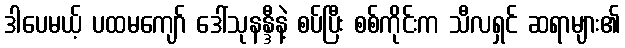
ဒါပေမယ့် ပထမကျော် ဒေါ်သုနန္ဒီနဲ့ စပ်ပြီး စစ်ကိုင်းက သီလရှင် ဆရာများ၏